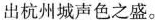
出杭州城声色之盛。